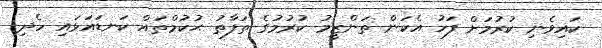
ކައިވެނި ކުރުމަށް ފަހު އެކަން ތަންޒީމު ކުރުމުގެ ތަފާތު ޙުކުމްތައް ކަނޑައަޅައި ހެދި